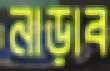
নাড়াব